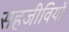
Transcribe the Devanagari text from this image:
सहजीवियों